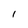
Character: l